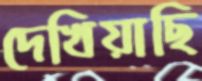
দেখিয়াছি